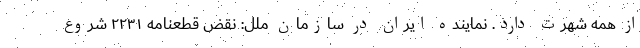
از همه شهرت دارد. نماینده ایران در سازمان ملل: نقض قطعنامه ۲۲۳۱ شروع